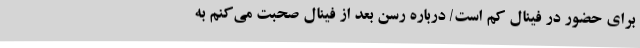
برای حضور در فینال کم است/ درباره رسن بعد از فینال صحبت می‌کنم به